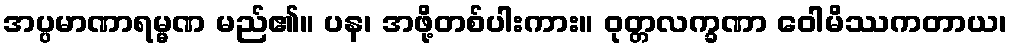
အပ္ပမာဏာရမ္မဏ မည်၏။ ပန၊ အဖို့တစ်ပါးကား။ ဝုတ္တလက္ခဏာ ဝေါမိဿကတာယ၊